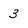
Character: 3